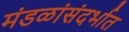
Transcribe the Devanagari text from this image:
मंडळांसंदर्भात